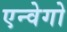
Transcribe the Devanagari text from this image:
एन्वेगो